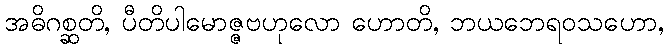
အဓိဂစ္ဆတိ, ပီတိပါမောဇ္ဇဗဟုလော ဟောတိ, ဘယဘေရဝသဟော,